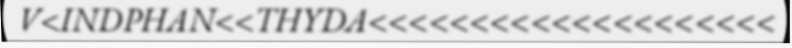
V<INDPHAN<<THYDA<<<<<<<<<<<<<<<<<<<<